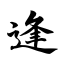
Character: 逢